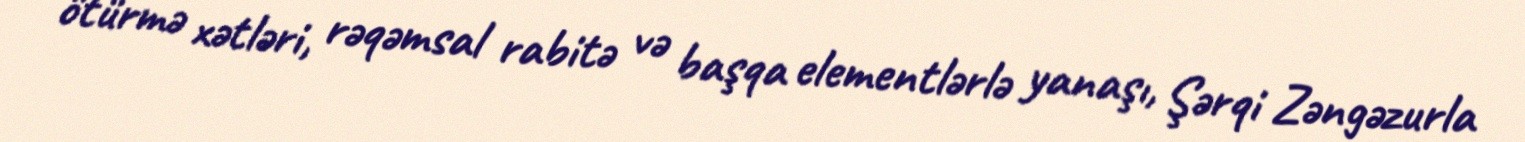
ötürmə xətləri, rəqəmsal rabitə və başqa elementlərlə yanaşı, Şərqi Zəngəzurla